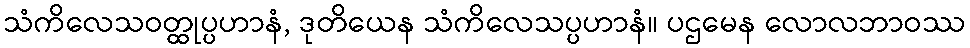
သံကိလေသဝတ္ထုပ္ပဟာနံ, ဒုတိယေန သံကိလေသပ္ပဟာနံ။ ပဌမေန လောလဘာဝဿ